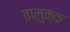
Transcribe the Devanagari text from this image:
तालुक्क